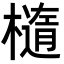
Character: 𬄭